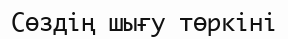
Сөздің шығу төркіні